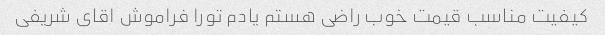
کیفیت مناسب قیمت خوب راضی هستم یادم تورا فراموش اقای شریفی